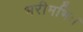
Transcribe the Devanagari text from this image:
भरीमभिः।